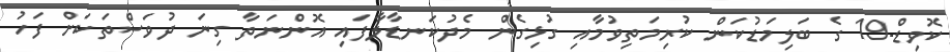
ކޮވިޑް-19 ގެ ބަލިމަޑުކަން ކުރިމަތިވުމާއި ގުޅިގެން މެދުކަނޑާލާފައި އޮންނަތާ ގިނަ ދުވަސްތަކަށް ފަހު